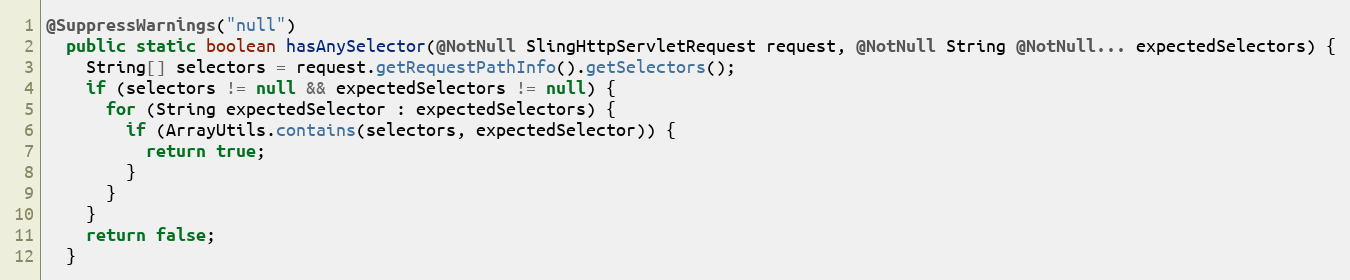
Language: Java
@SuppressWarnings("null")
  public static boolean hasAnySelector(@NotNull SlingHttpServletRequest request, @NotNull String @NotNull... expectedSelectors) {
    String[] selectors = request.getRequestPathInfo().getSelectors();
    if (selectors != null && expectedSelectors != null) {
      for (String expectedSelector : expectedSelectors) {
        if (ArrayUtils.contains(selectors, expectedSelector)) {
          return true;
        }
      }
    }
    return false;
  }